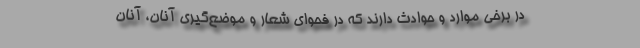
در برخی موارد و حوادث دارند که در فحوای شعار و موضع‌گیری آنان، آنان